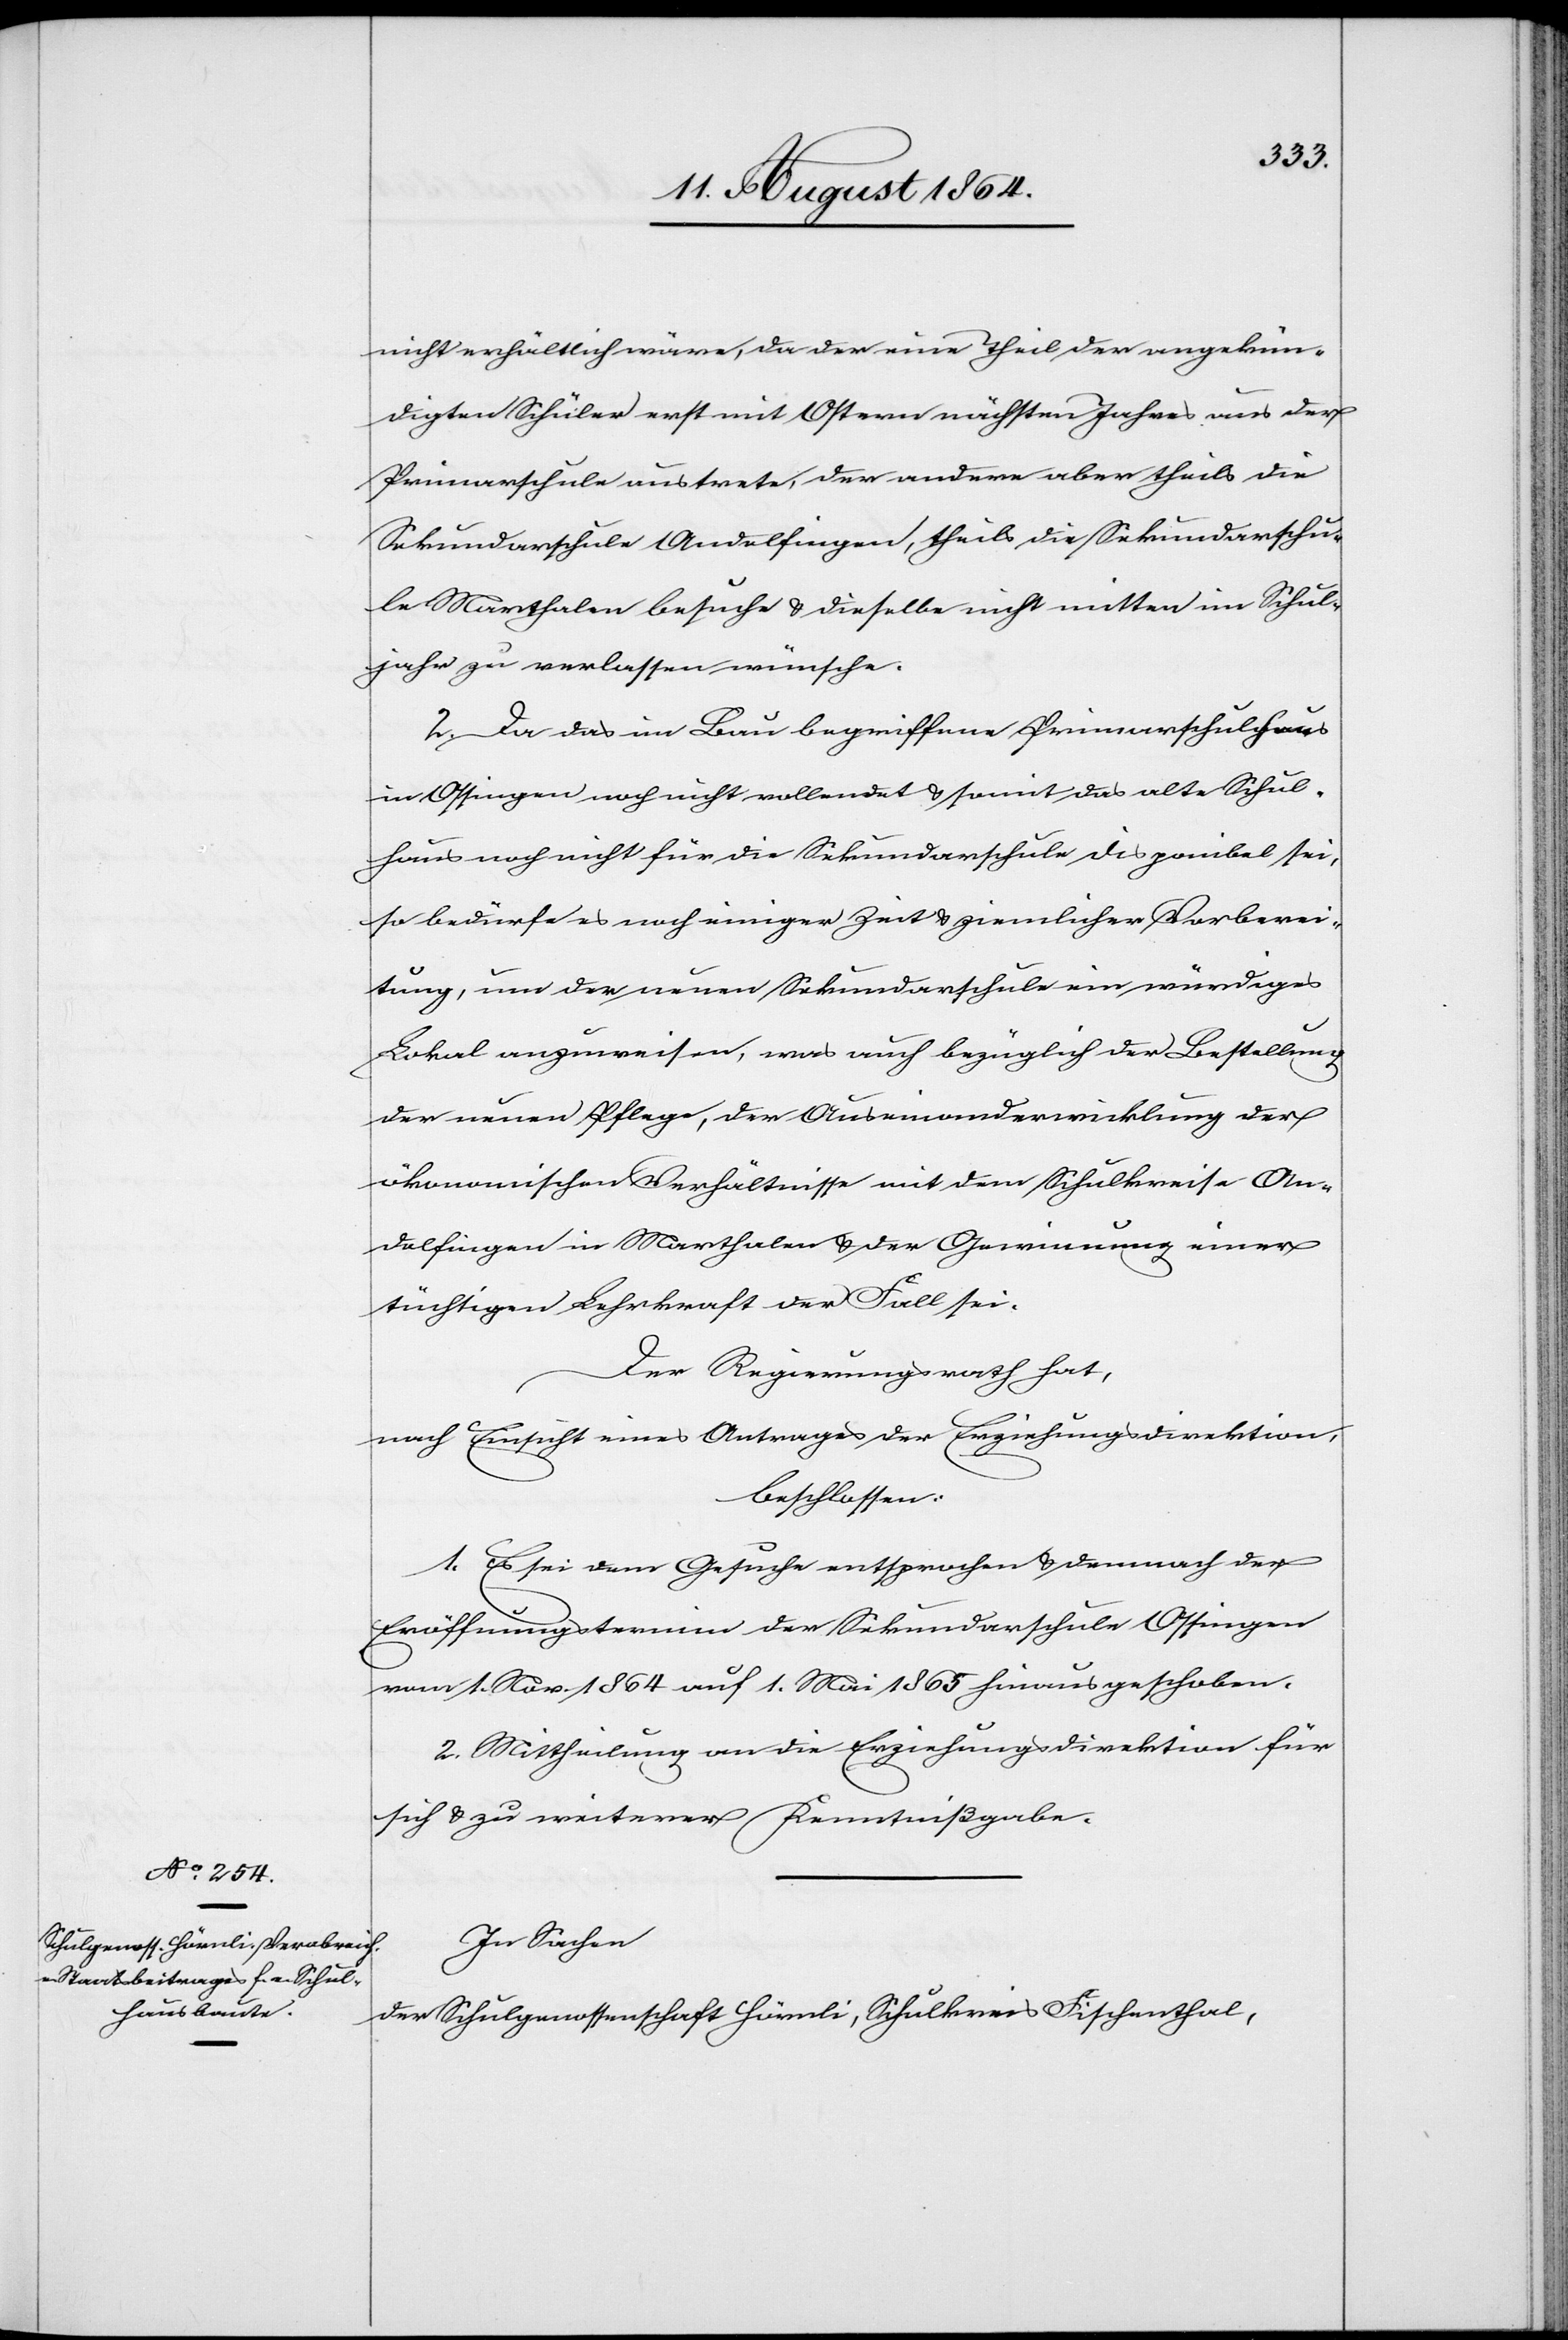
nicht erhältlich wäre, da der eine Theil der angekün¬
digten Schüler erst mit Ostern nächsten Jahres aus der
Primarschule austrete, der andere aber theils die
Sekundarschule Andelfingen, theils die Sekundarschu¬
le Marthalen besuche & dieselbe nicht mitten im Schul¬
jahr zu verlassen wünsche.
2. Da das im Bau begriffene Primarschulhaus
in Ossingen noch nicht vollendet & somit das alte Schul¬
haus noch nicht für die Sekundarschule disponibel sei,
so bedürfe es noch einiger Zeit & ziemlicher Vorberei¬
tung, um der neuen Sekundarschule ein würdiges
Lokal anzuweisen, was auch bezüglich der Bestellung
der neuen Pflege, der Auseinanderwicklung der
ökonomischen Verhältnisse mit dem Schulkreise An¬
delfingen in Marthalen & der Gewinnung einer
tüchtigen Lehrkraft der Fall sei.
Der Regierungsrath hat,
nach Einsicht eines Antrages der Erziehungsdirektion,
beschlossen:
1. Es sei dem Gesuche entsprochen & demnach der
Eröffnungstermin der Sekundarschule Ossingen
vom 1. Nov. 1864 auf 1. Mai 1865 hinausgeschoben.
2. Mittheilung an die Erziehungsdirektion für
sich & zu weiterer Kenntnißgabe.
In Sachen
der Schulgenossenschaft Hörnli, Schulkreis Fischenthal,